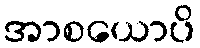
အာစယောပိ